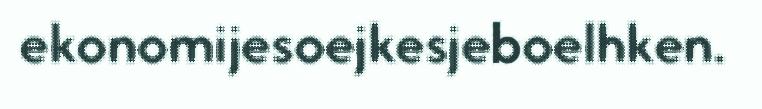
ekonomijesoejkesjeboelhken.